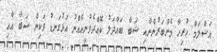
އަސްލަމް ހުރިހާ މެންބަރުންނާއި ޝަބާ ބައްދަލު ކޮއްދެވުނީއެއްނު އަޅުގަނޑު ވަކިން ޝަބާ އާއި